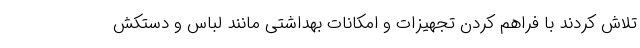
تلاش کردند با فراهم کردن تجهیزات و امکانات بهداشتی مانند لباس و دستکش